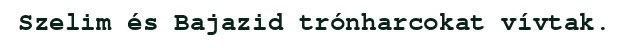
Szelim és Bajazid trónharcokat vívtak.